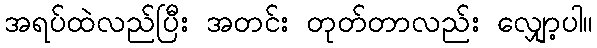
အရပ်ထဲလည်ပြီး အတင်း တုတ်တာလည်း လျှော့ပါ။